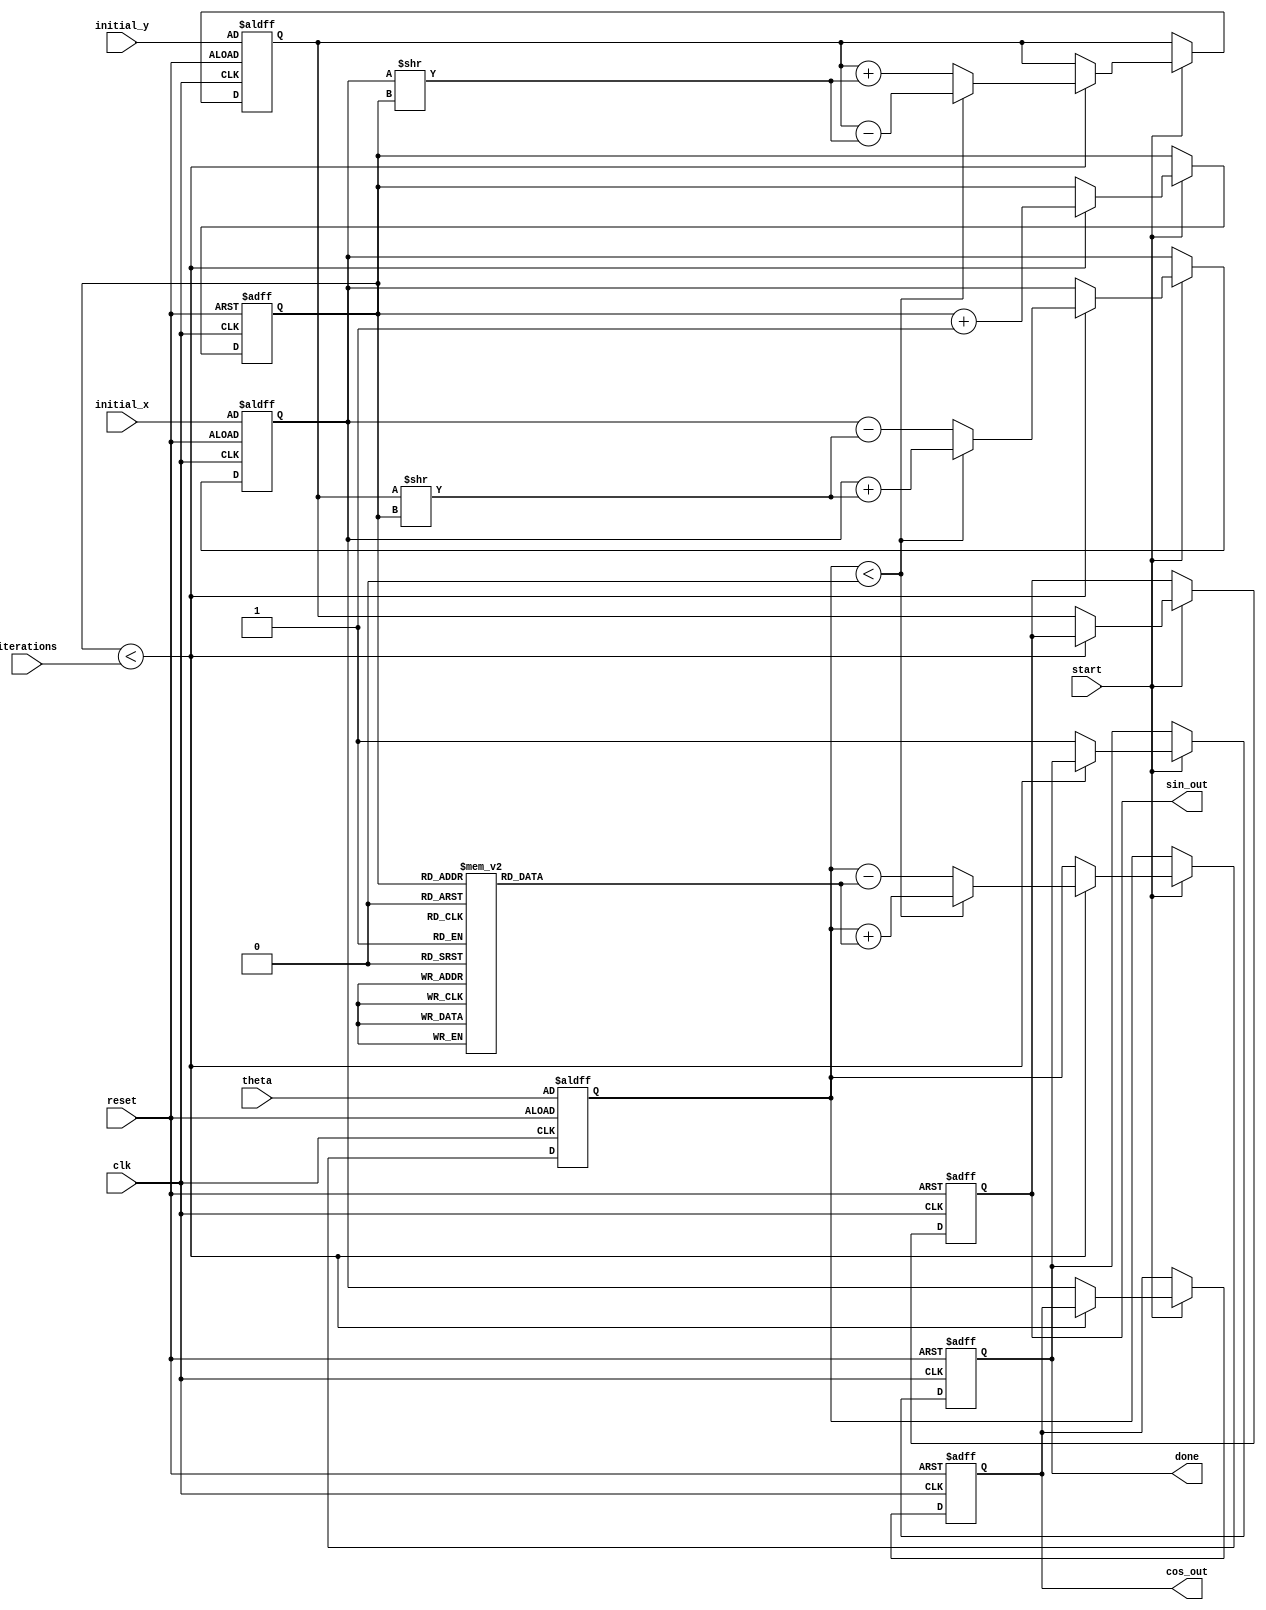
module cordic (
    input wire clk,
    input wire reset,
    input wire start,
    input wire [31:0] theta,          // Input angle in radians (fixed-point)
    input wire [31:0] initial_x,      // Initial x value (fixed-point)
    input wire [31:0] initial_y,      // Initial y value (fixed-point)
    input wire [3:0] iterations,       // Number of iterations
    output reg [31:0] cos_out,        // Cosine output
    output reg [31:0] sin_out,        // Sine output
    output reg done
);

    // Parameters
    parameter N = 16; // Number of iterations
    parameter FIXED_POINT_SCALING = 32; // Fixed-point scaling factor for CORDIC

    // Internal signals
    reg [31:0] x, y, z; // x, y, and z (angle) registers
    reg [3:0] current_iteration; // Current iteration counter
    reg iteration_done; // Signal to indicate end of iteration
    
    // Lookup table for arctan values (in fixed-point representation)
    reg [31:0] atan_lut [0:N-1];
    initial begin
        // Populate the arctangent lookup table (fixed-point format)
        atan_lut[0] = 32'h20000000; // atan(2^-0) = 0.785398... in fixed-point
        atan_lut[1] = 32'h10000000; // atan(2^-1) = 0.463647... in fixed-point
        atan_lut[2] = 32'h08000000; // atan(2^-2) = 0.244978... in fixed-point
        atan_lut[3] = 32'h04000000; // atan(2^-3) = 0.124389... in fixed-point
        // Add more values as necessary
        // atan_lut[4] = ...;
        // ...
    end

    // State Machine
    always @(posedge clk or posedge reset) begin
        if (reset) begin
            x <= initial_x;         // Load initial x
            y <= initial_y;         // Load initial y
            z <= theta;             // Load initial angle
            current_iteration <= 0; // Reset iteration counter
            done <= 0;              // Reset done signal
            iteration_done <= 0;    // Reset iteration done signal
            cos_out <= 0;           // Reset cosine output
            sin_out <= 0;           // Reset sine output
        end else if (start) begin
            if (current_iteration < iterations) begin
                // Perform CORDIC iteration
                if (z < 0) begin
                    // Rotate clockwise
                    x <= x + (y >> current_iteration);
                    y <= y - (x >> current_iteration);
                    z <= z + atan_lut[current_iteration];
                end else begin
                    // Rotate counter-clockwise
                    x <= x - (y >> current_iteration);
                    y <= y + (x >> current_iteration);
                    z <= z - atan_lut[current_iteration];
                end
                
                current_iteration <= current_iteration + 1; // Increment iteration
                iteration_done <= 1; // Indicate iteration done
            end else begin
                // Final assignment of output values
                cos_out <= x; // Final x is cos(theta)
                sin_out <= y; // Final y is sin(theta)
                done <= 1;    // Indicate computation done
                iteration_done <= 0; // Reset iteration done signal
            end
        end
    end

endmodule